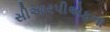
સીઆરપીએફના